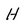
Character: H